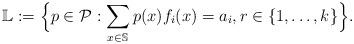
LaTeX: \begin{align*}\mathbb{L} := \Big\{ p\in \mathcal{P} : \sum\limits_{x\in \mathbb{S}} p(x)f_i(x) = a_i,r\in\{1,\ldots,k\} \Big\}.\end{align*}